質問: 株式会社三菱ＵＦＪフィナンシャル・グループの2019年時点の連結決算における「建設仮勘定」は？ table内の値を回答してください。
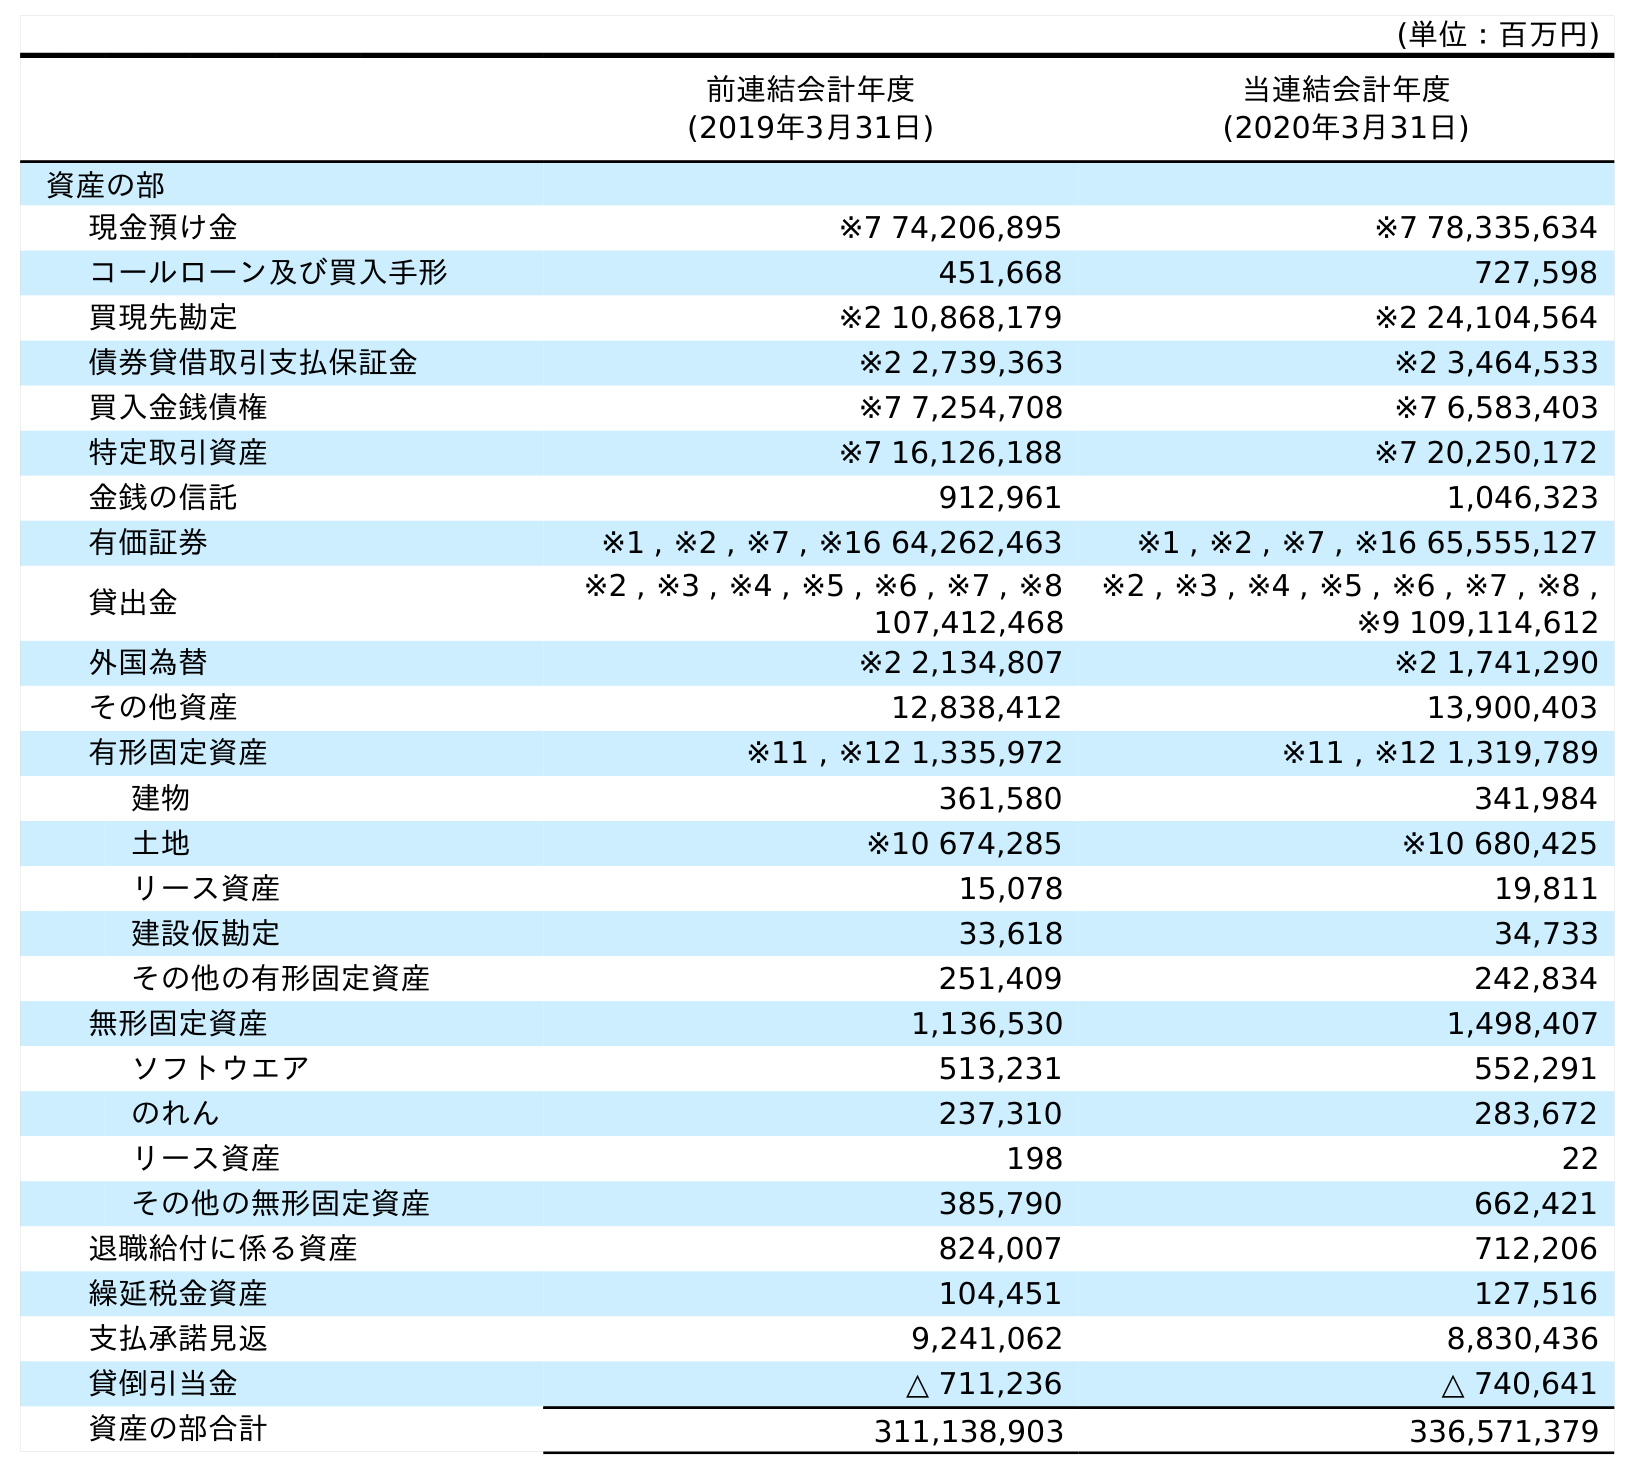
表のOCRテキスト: (単位：百万円) 前連結会計年度 (2019年3月31日) 当連結会計年度 (2020年3月31日) 資産の部 現金預け金 ※7 74,206,895 ※7 78,335,634 コールローン及び買入手形 451,668 727,598 買現先勘定 ※2 10,868,179 ※2 24,104,564 債券貸借取引支払保証金 ※2 2,739,363 ※2 3,464,533 買入金銭債権 ※7 7,254,708 ※7 6,583,403 特定取引資産 ※7 16,126,188 ※7 20,250,172 金銭の信託 912,961 1,046,323 有価証券 ※1 , ※2 , ※7 , ※16 64,262,463 ※1 , ※2 , ※7 , ※16 65,555,127 貸出金 ※2 , ※3 , ※4 , ※5 , ※6 , ※7 , ※8 107,412,468 ※2 , ※3 , ※4 , ※5 , ※6 , ※7 , ※8 , ※9 109,114,612 外国為替 ※2 2,134,807 ※2 1,741,290 その他資産 12,838,412 13,900,403 有形固定資産 ※11 , ※12 1,335,972 ※11 , ※12 1,319,789 建物 361,580 341,984 土地 ※10 674,285 ※10 680,425 リース資産 15,078 19,811 建設仮勘定 33,618 34,733 その他の有形固定資産 251,409 242,834 無形固定資産 1,136,530 1,498,407 ソフトウエア 513,231 552,291 のれん 237,310 283,672 リース資産 198 22 その他の無形固定資産 385,790 662,421 退職給付に係る資産 824,007 712,206 繰延税金資産 104,451 127,516 支払承諾見返 9,241,062 8,830,436 貸倒引当金 △ 711,236 △ 740,641 資産の部合計 311,138,903 336,571,379
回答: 33,618